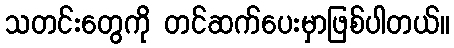
သတင်းတွေကို တင်ဆက်ပေးမှာဖြစ်ပါတယ်။